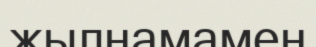
жылнамамен